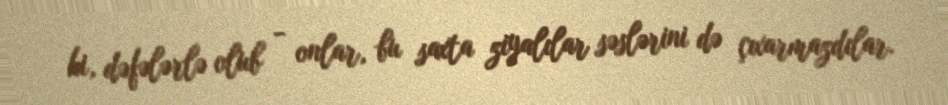
ki, dəfələrlə olub - onlar, bu saxta ziyalılar səslərini də çıxarmazdılar.